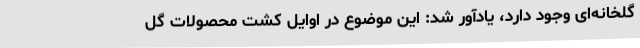
گلخانه‌ای وجود دارد، یادآور شد: این موضوع در اوایل کشت محصولات گل